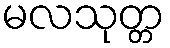
မလသုတ္တ